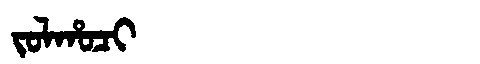
Manchu: ᠵᠣᠯᡥᠣᠴᡳ
Romanization: JOLHOCI